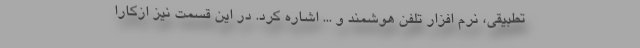
تطبیقی، نرم افزار تلفن هوشمند و ... اشاره کرد. در این قسمت نیز ازکارا